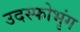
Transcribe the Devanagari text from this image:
उदस्फोभृंग